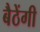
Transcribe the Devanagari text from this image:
बैठेंगी